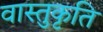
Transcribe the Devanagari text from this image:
वास्तुकृति